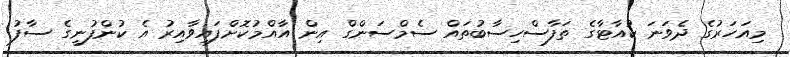
މިއަހަރުގެ ދެވަނަ ކުއާޓާގެ ތަފާސްހިސާބުތައް ސެމްސަންގް އިން އާއްމުކޮށްފައިވާއިރު އެ ކުންފުނީގެ ސާފު